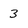
Character: 3